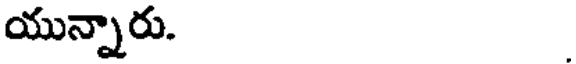
యున్నారు.